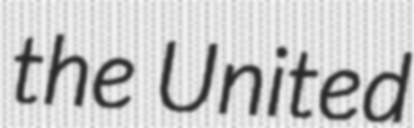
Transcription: the United